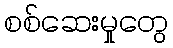
စစ်ဆေးမှုတွေ